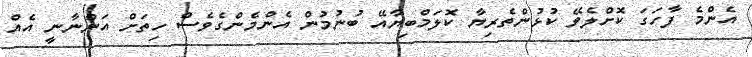
އެންމެ ފާހަގަ ކޮށްލެވޭ ކުޅުންތެރިޔާ ކޮލަމްބިޔާއޭ ބުނުމުން އެންމެންގެވެސް ހިތަށް އަންނާނީ އެއް